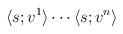
LaTeX: \begin{align*}\langle s;v^1\rangle\cdots\langle s;v^n\rangle\end{align*}